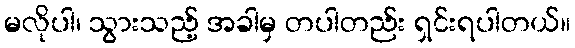
မလိုပါ၊ သွားသည့် အခါမှ တပါတည်း ရှင်းရပါတယ်။